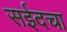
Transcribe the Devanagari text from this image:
सईदचा